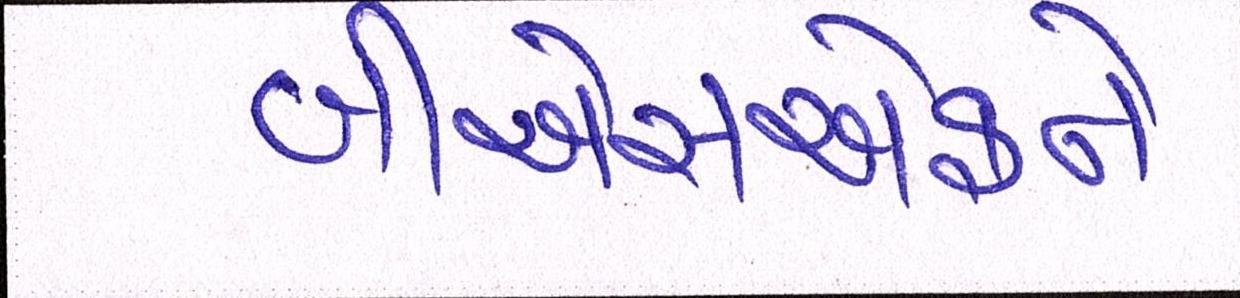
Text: બીએસએફને